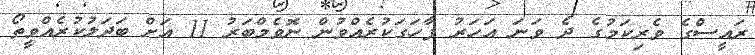
ރައީސްގެ ވެރިކަމުގެ ދެ ވަނަ އަހަރު ފާހަގަކުރެއްވުން ނޮވެމްބަރު 11 އަށް ބަދަލުކުރެއްވީތޯ